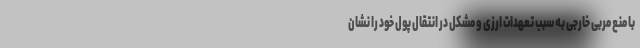
با منع مربی خارجی به سبب تعهدات ارزی و مشکل در انتقال پول خود را نشان